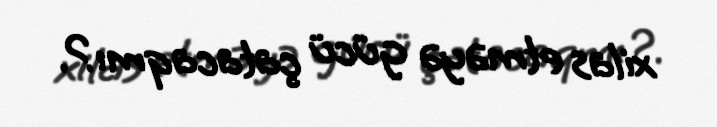
xilas etməyə gücü çatacaqmı?.